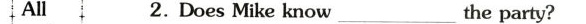
All2.Does Mike know\underline the party?